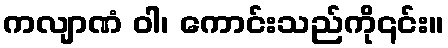
ကလျာဏံ ဝါ၊ ကောင်းသည်ကို၎င်း။